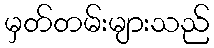
မှတ်တမ်းများသည်